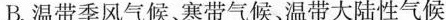
B.温带季风气候、寒带气候、温带大陆性气候